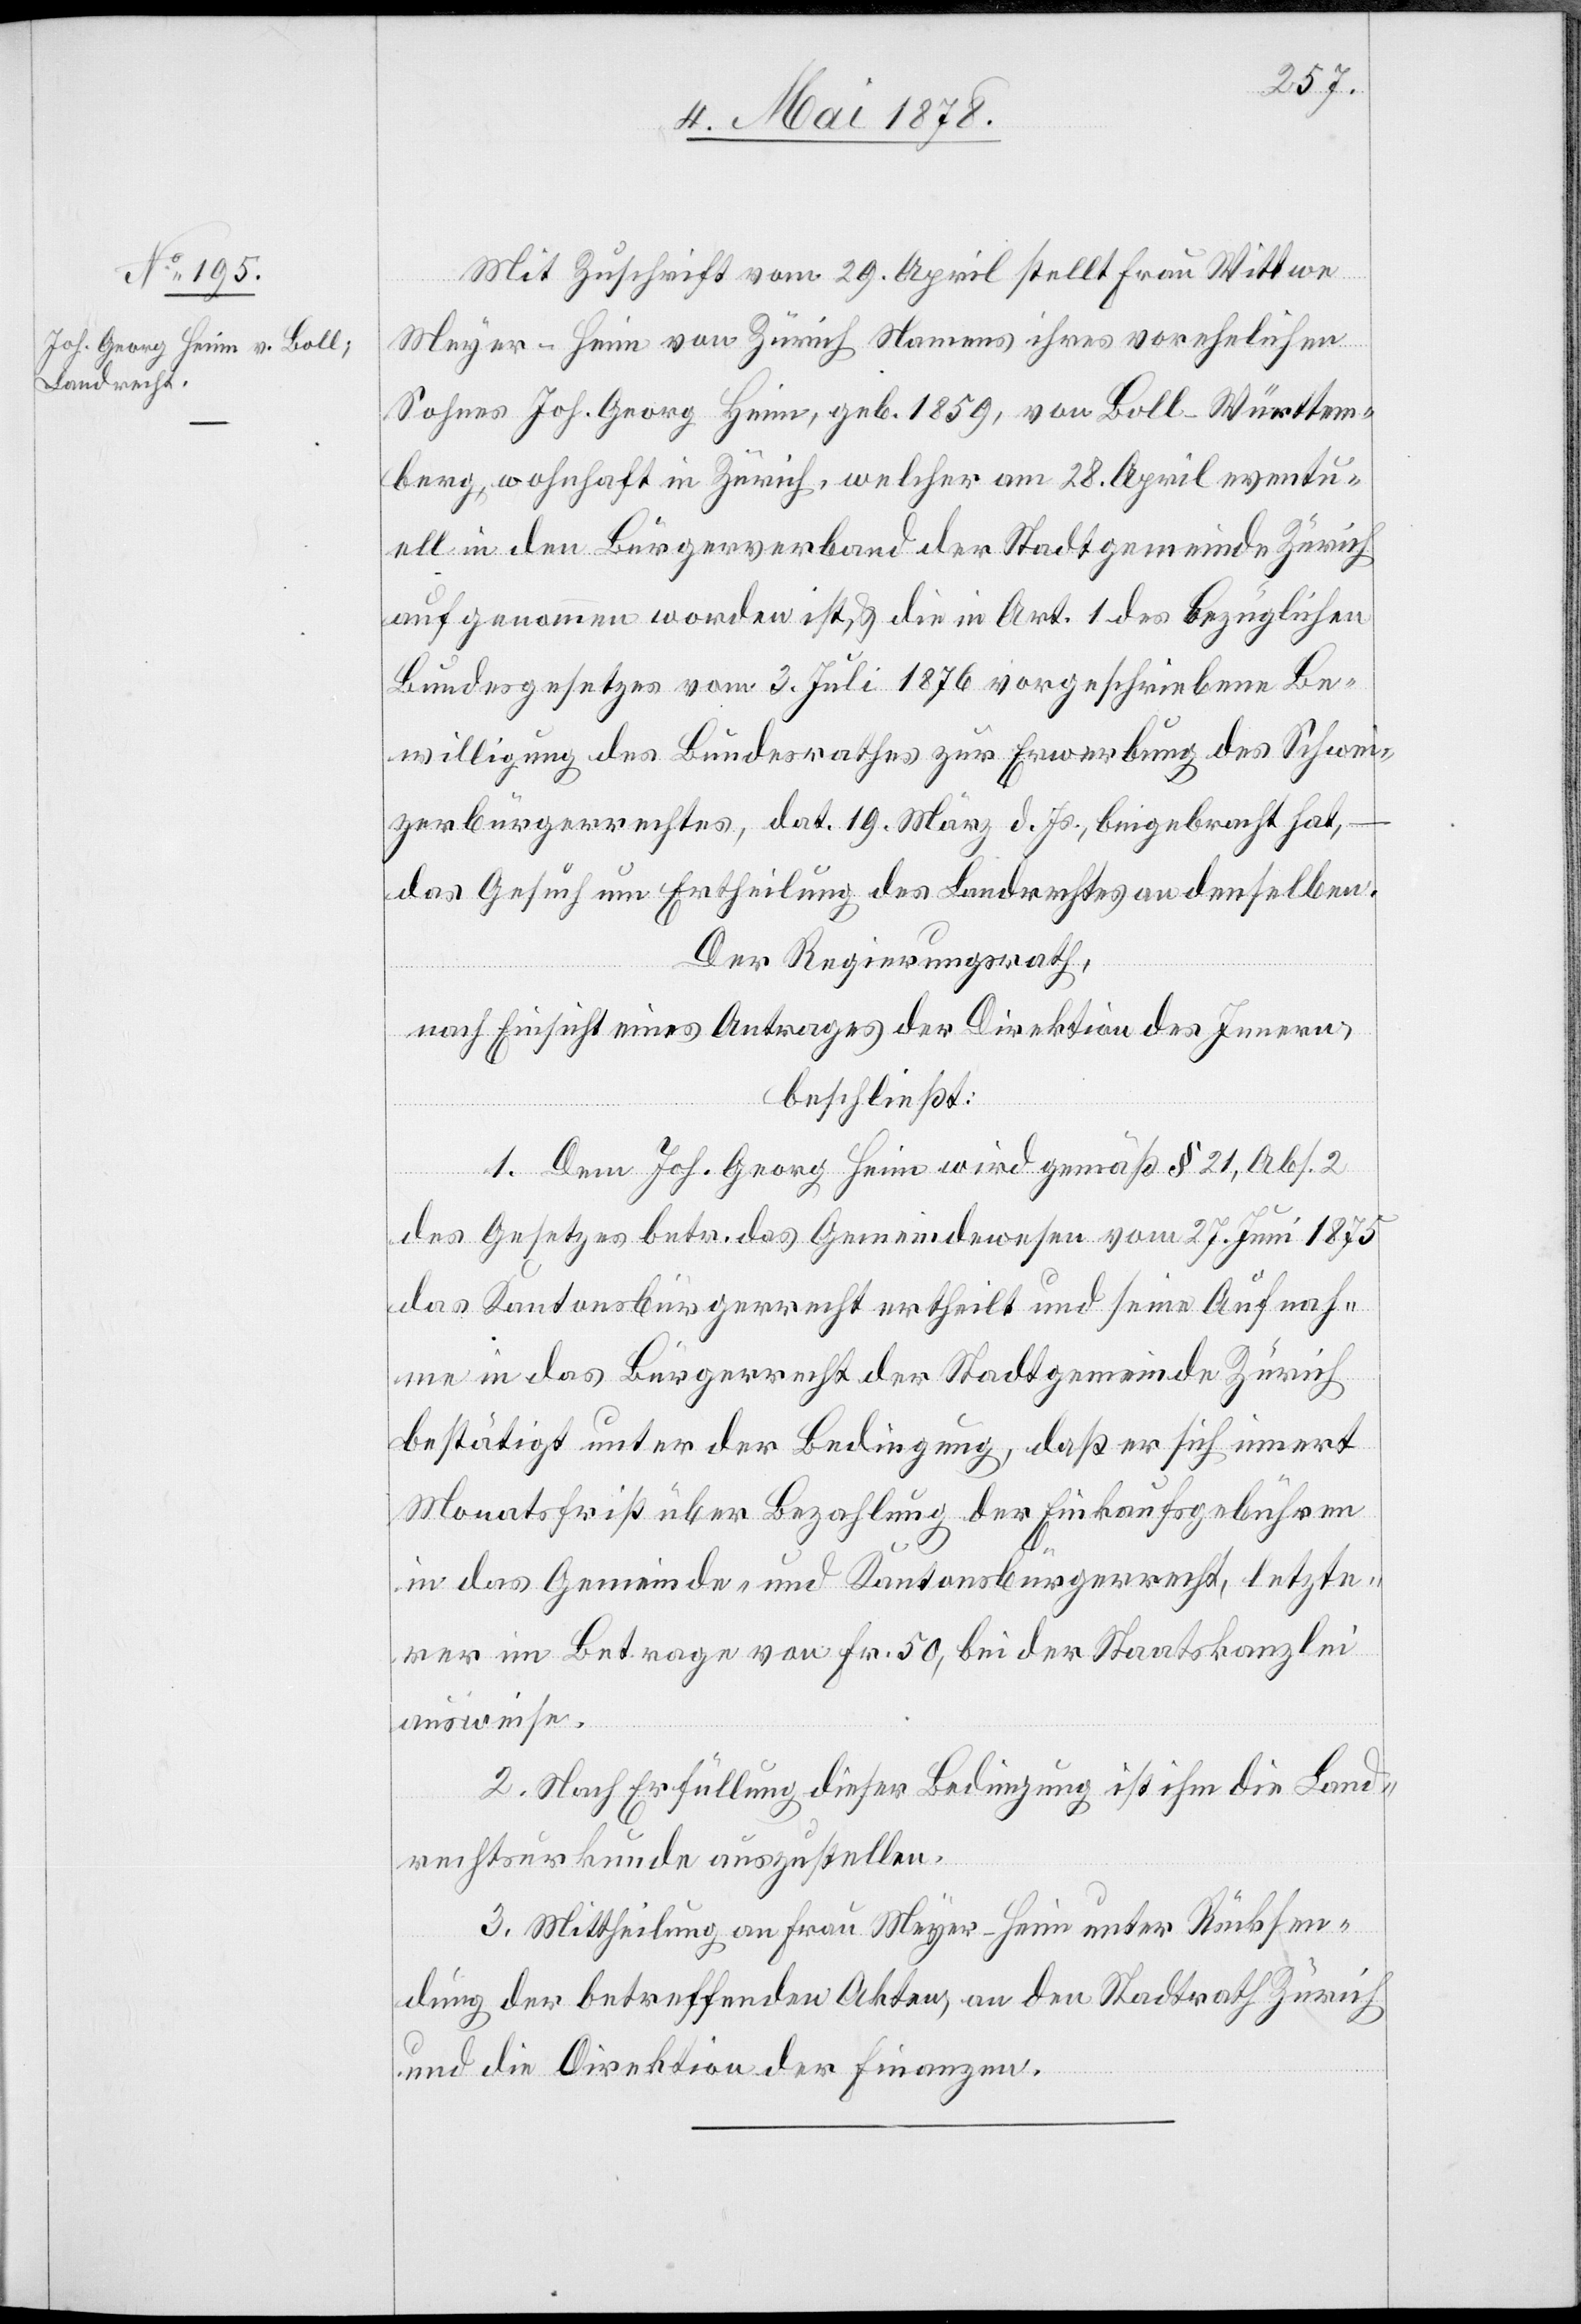
Mit Zuschrift vom 29. April stellt Frau Wittwe
Meyer-Heim von Zürich Namens ihres vorehelichen
Sohnes Joh. Georg Heim, geb. 1859, von Boll - Württem¬
berg, wohnhaft in Zürich, welcher am 28. April eventu¬
ell in den Bürgerverband der Stadtgemeinde Zürich
aufgenommen worden ist, & die in Art. 1 des bezüglichen
Bundesgesetzes vom 3. Juli 1876 vorgeschriebene Be¬
willigung des Bundesrathes zur Erwerbung des Schwei¬
zerbürgerrechtes, dat. 19. März d. Js, beigebracht hat,
das Gesuch um Ertheilung des Landrechtes an denselben.
Der Regierungsrath,
nach Einsicht eines Antrages der Direktion des Innern,
beschließt:
1. Dem Joh. Georg Heim wird gemäß § 21, Abs. 2
des Gesetzes betr. das Gemeindewesen vom 27. Juni 1875
das Kantonsbürgerrecht ertheilt und seine Aufnah¬
me in das Bürgerrecht der Stadtgemeinde Zürich
bestätigt unter der Bedingung, daß er sich innert
Monatsfrist über Bezahlung der Einkaufsgebühren
in das Gemeinde- und Kantonsbürgerrecht, letzte¬
rer im Betrage von Fr. 50, bei der Staatskanzlei
ausweise.
2. Nach Erfüllung dieser Bedingung ist ihm die Land¬
rechtsurkunde auszustellen.
3. Mittheilung an Frau Meyer-Heim unter Rücksen¬
dung der betreffenden Akten, an den Stadtrath Zürich
und die Direktion der Finanzen.